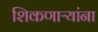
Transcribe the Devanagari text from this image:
शिकणाऱ्यांना